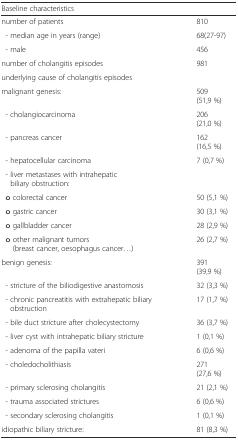
<table><thead><tr><td colspan="2"><b>Baseline characteristics</b></td></tr></thead><tbody><tr><td>number of patients</td><td>810</td></tr><tr><td> - median age in years (range)</td><td>68(27-97)</td></tr><tr><td> - male</td><td>456</td></tr><tr><td>number of cholangitis episodes</td><td>981</td></tr><tr><td>underlying cause of cholangitis episodes</td><td></td></tr><tr><td>malignant genesis:</td><td>509 (51,9 %)</td></tr><tr><td> - cholangiocarcinoma</td><td>206 (21,0 %)</td></tr><tr><td> - pancreas cancer</td><td>162 (16,5 %)</td></tr><tr><td> - hepatocellular carcinoma</td><td>7 (0,7 %)</td></tr><tr><td> - liver metastases with intrahepatic biliary obstruction:</td><td></td></tr><tr><td> o colorectal cancer</td><td>50 (5,1 %)</td></tr><tr><td> o gastric cancer</td><td>30 (3,1 %)</td></tr><tr><td> o gallbladder cancer</td><td>28 (2,9 %)</td></tr><tr><td> o other malignant tumors (breast cancer, oesophagus cancer...)</td><td>26 (2,7 %)</td></tr><tr><td>benign genesis:</td><td>391 (39,9 %)</td></tr><tr><td> - stricture of the biliodigestive anastomosis</td><td>32 (3,3 %)</td></tr><tr><td> - chronic pancreatitis with extrahepatic biliary obstruction</td><td>17 (1,7 %)</td></tr><tr><td> - bile duct stricture after cholecystectomy</td><td>36 (3,7 %)</td></tr><tr><td> - liver cyst with intrahepatic biliary stricture</td><td>1 (0,1 %)</td></tr><tr><td> - adenoma of the papilla vateri</td><td>6 (0,6 %)</td></tr><tr><td> - choledocholithiasis</td><td>271 (27,6 %)</td></tr><tr><td> - primary sclerosing cholangitis</td><td>21 (2,1 %)</td></tr><tr><td> - trauma associated strictures</td><td>6 (0,6 %)</td></tr><tr><td> - secondary sclerosing cholangitis</td><td>1 (0,1 %)</td></tr><tr><td>idiopathic biliary stricture:</td><td>81 (8,3 %)</td></tr></tbody></table>